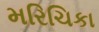
મરિચિકા